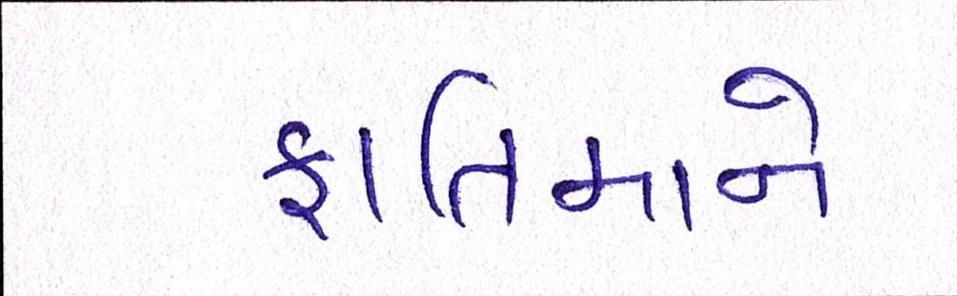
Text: ફાતિમાને